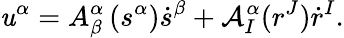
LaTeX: \mathit{u}^{\alpha}=A_{\beta}^{\alpha}\left(s^{\alpha}\right)\dot{{s}}^{\beta}+\mathcal{{A}}_{I}^{\alpha}(r^{J})\dot{{r}}^{I}.